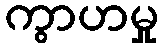
ကွာဟမှု